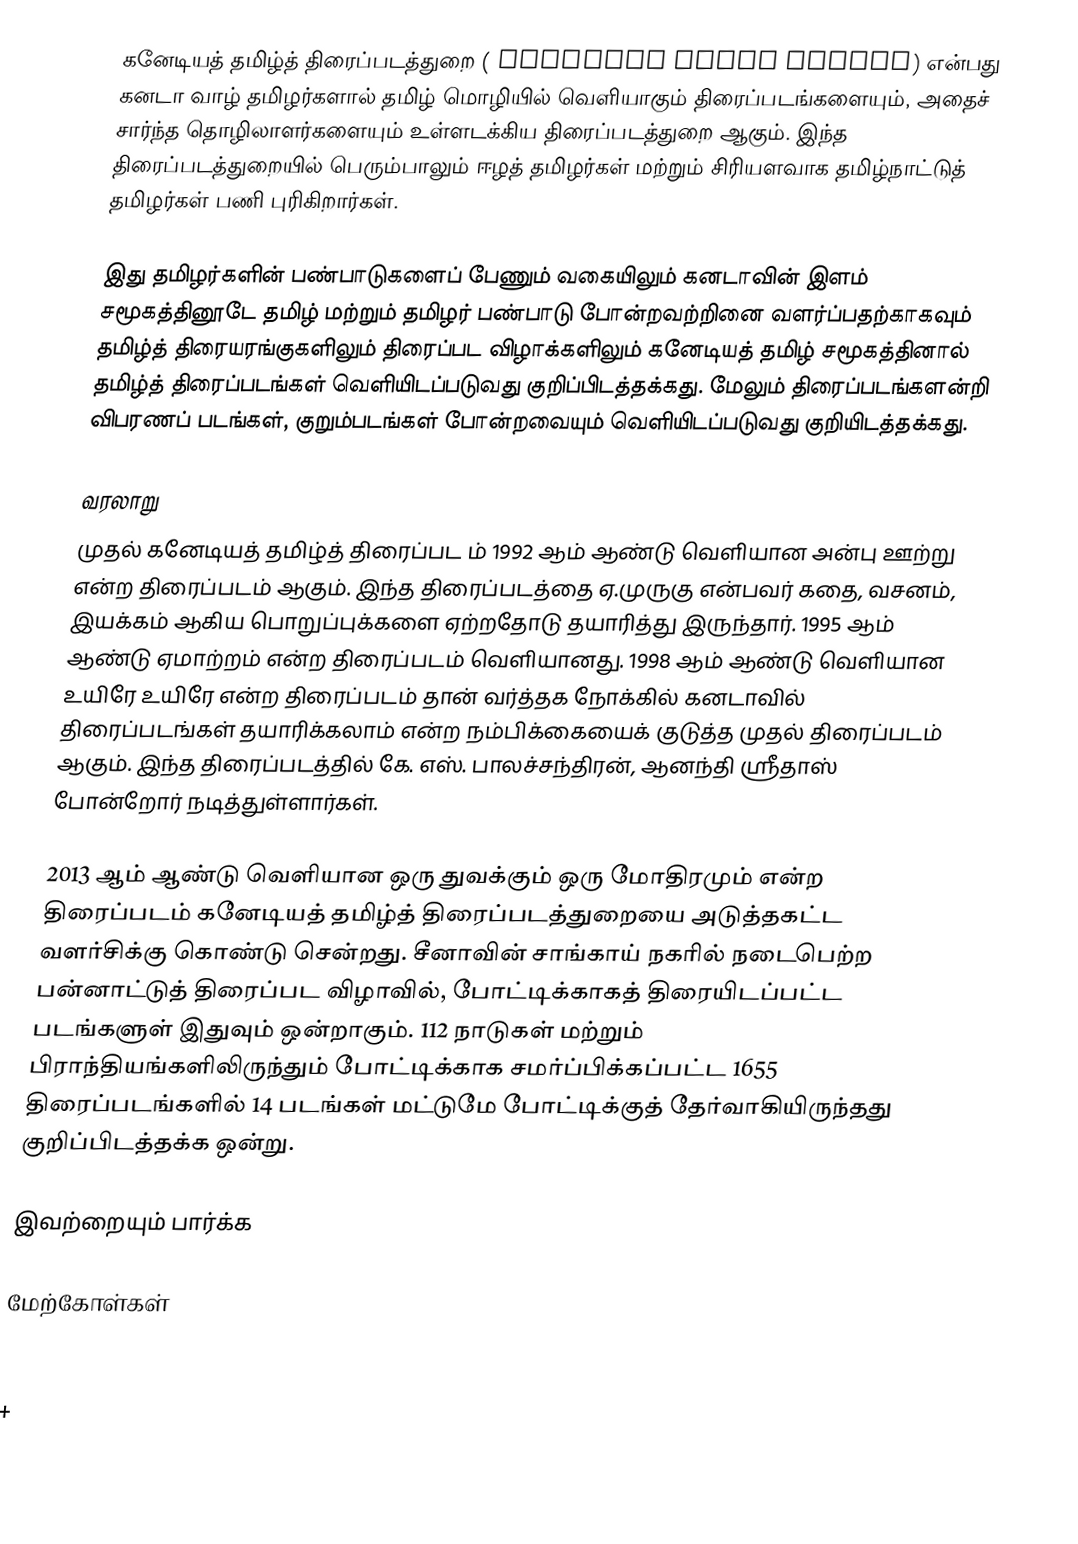
கனேடியத் தமிழ்த் திரைப்படத்துறை ( Canadian Tamil cinema) என்பது கனடா வாழ் தமிழர்களால் தமிழ் மொழியில் வெளியாகும் திரைப்படங்களையும், அதைச் சார்ந்த தொழிலாளர்களையும் உள்ளடக்கிய திரைப்படத்துறை ஆகும். இந்த திரைப்படத்துறையில் பெரும்பாலும் ஈழத் தமிழர்கள் மற்றும் சிரியளவாக தமிழ்நாட்டுத் தமிழர்கள் பணி புரிகிறார்கள்.

இது தமிழர்களின் பண்பாடுகளைப் பேணும் வகையிலும் கனடாவின் இளம் சமூகத்தினூடே தமிழ் மற்றும் தமிழர் பண்பாடு போன்றவற்றினை வளர்ப்பதற்காகவும் தமிழ்த் திரையரங்குகளிலும் திரைப்பட விழாக்களிலும் கனேடியத் தமிழ் சமூகத்தினால் தமிழ்த் திரைப்படங்கள் வெளியிடப்படுவது குறிப்பிடத்தக்கது. மேலும் திரைப்படங்களன்றி விபரணப் படங்கள், குறும்படங்கள் போன்றவையும் வெளியிடப்படுவது குறியிடத்தக்கது.

வரலாறு
முதல் கனேடியத் தமிழ்த் திரைப்பட ம் 1992 ஆம் ஆண்டு வெளியான அன்பு ஊற்று என்ற திரைப்படம் ஆகும். இந்த திரைப்படத்தை  ஏ.முருகு என்பவர் கதை, வசனம், இயக்கம் ஆகிய பொறுப்புக்களை ஏற்றதோடு தயாரித்து இருந்தார். 1995 ஆம் ஆண்டு ஏமாற்றம் என்ற திரைப்படம் வெளியானது. 1998 ஆம் ஆண்டு வெளியான உயிரே உயிரே என்ற திரைப்படம் தான் வர்த்தக நோக்கில் கனடாவில் திரைப்படங்கள் தயாரிக்கலாம் என்ற நம்பிக்கையைக் குடுத்த முதல் திரைப்படம் ஆகும். இந்த திரைப்படத்தில் கே. எஸ். பாலச்சந்திரன்,  ஆனந்தி ஸ்ரீதாஸ் போன்றோர் நடித்துள்ளார்கள்.

2013 ஆம் ஆண்டு வெளியான ஒரு துவக்கும் ஒரு மோதிரமும் என்ற திரைப்படம்  கனேடியத் தமிழ்த் திரைப்படத்துறையை அடுத்தகட்ட வளர்சிக்கு கொண்டு சென்றது. சீனாவின் சாங்காய் நகரில் நடைபெற்ற பன்னாட்டுத் திரைப்பட விழாவில், போட்டிக்காகத் திரையிடப்பட்ட படங்களுள் இதுவும் ஒன்றாகும். 112 நாடுகள் மற்றும் பிராந்தியங்களிலிருந்தும் போட்டிக்காக சமர்ப்பிக்கப்பட்ட 1655 திரைப்படங்களில் 14 படங்கள் மட்டுமே போட்டிக்குத் தேர்வாகியிருந்தது குறிப்பிடத்தக்க ஒன்று.

இவற்றையும் பார்க்க

மேற்கோள்கள்

+